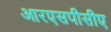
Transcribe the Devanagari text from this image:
आरएसपीसीए